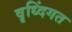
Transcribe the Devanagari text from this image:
वृध्दिंगत